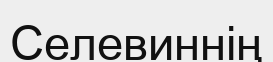
Селевиннің